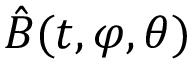
\hat { B } ( t , \varphi , \theta )